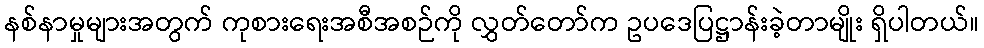
နစ်နာမှုများအတွက် ကုစားရေးအစီအစဉ်ကို လွှတ်တော်က ဥပဒေပြဋ္ဌာန်းခဲ့တာမျိုး ရှိပါတယ်။